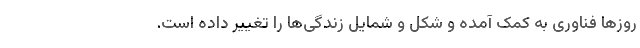
روزها فناوری به کمک آمده و شکل و شمایل زندگی‌ها را تغییر داده است.